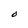
Character: O